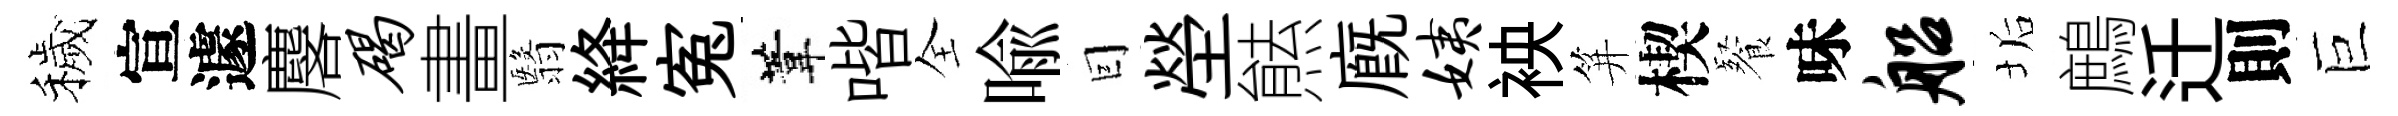
穢宣遽麐碣畫翳絳寃葦喈全喻囙塋㷱廐姨䘧笄楔餐味船垢鷓迁則巨